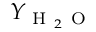
Y _ { \ensuremath { \mathrm { ~ H ~ } _ { 2 } \mathrm { ~ O ~ } } }